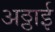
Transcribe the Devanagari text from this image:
अठ्ठाई